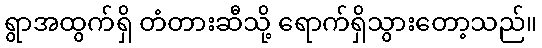
ရွာအထွက်ရှိ တံတားဆီသို့ ရောက်ရှိသွားတော့သည်။